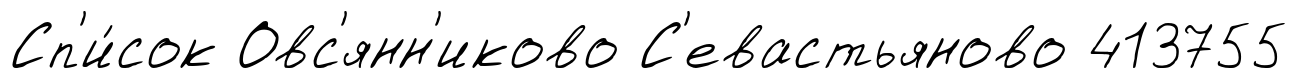
Сп'и́сок Овс'янн'иково С'евастьяново 413755